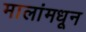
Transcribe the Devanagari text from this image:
मालांमधून